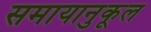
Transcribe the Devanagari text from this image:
समायानुकूल